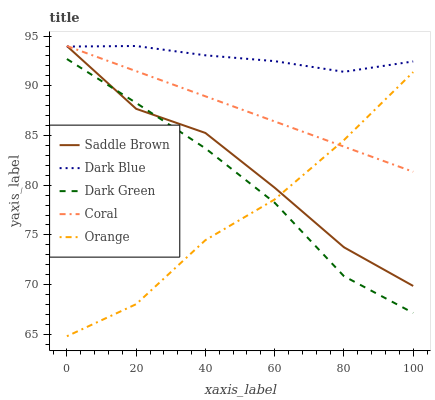
| xaxis_label | Saddle Brown | Dark Blue | Dark Green | Coral | Orange |
 | --- | --- | --- | --- | --- | --- |
 | 0 | 94 | 93.9 | 92.7 | 94 | 64.8 |
 | 20 | 87.7 | 94 | 88.3 | 91.5 | 68 |
 | 40 | 85.3 | 93.1 | 83.7 | 88.9 | 74.5 |
 | 60 | 79.7 | 92.5 | 78.2 | 86.4 | 78.6 |
 | 80 | 73.8 | 91.4 | 70.9 | 83.9 | 84.5 |
 | 100 | 69.9 | 92.4 | 67.2 | 81.4 | 91.4 |